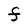
Character: F